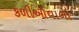
કળીઓવાળા